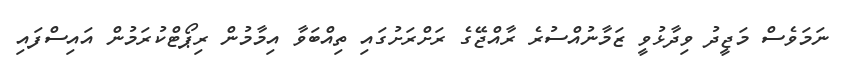
ނަމަވެސް މަޖީދު ވިދާޅުވީ ޒަމާނުއްސުރެ ރާއްޖޭގެ ރަށްރަށުގައި ތިއްބަވާ އިމާމުން ރިޕޯޓްކުރަމުން އައިސްފައި